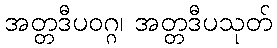
အတ္တဒီပဝဂ္ဂ၊ အတ္တဒီပသုတ်